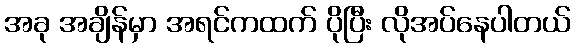
အခု အချိန်မှာ အရင်ကထက် ပိုပြီး လိုအပ်နေပါတယ်